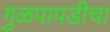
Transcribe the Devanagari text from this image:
गुळपापडीचा